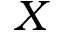
X